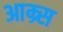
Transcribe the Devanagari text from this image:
आम्र्स